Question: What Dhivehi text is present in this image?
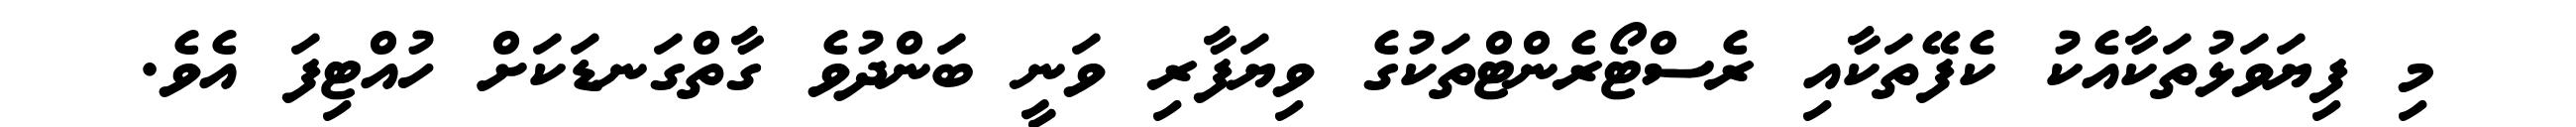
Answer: މި ފިޔަވަޅުތަކާއެކު ކެފޭތަކާއި ރެސްޓޯރެންޓްތަކުގެ ވިޔަފާރި ވަނީ ބަންދުވެ ގާތްގަނޑަކަށް ހުއްޓިފަ އެވެ.